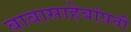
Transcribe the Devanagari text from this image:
बाबासाहेबांप्रती